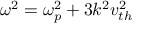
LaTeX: \omega ^ { 2 } = \omega _ { p } ^ { 2 } + 3 k ^ { 2 } v _ { t h } ^ { 2 }